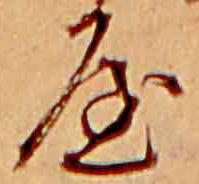
屋